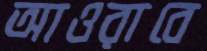
আওরাবে